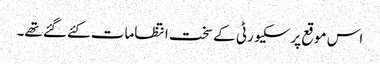
اس موقع پرسکیورٹی کےسخت انتظامات کئےگئے تھے۔